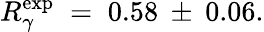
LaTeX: R_{\gamma}^{\exp}\; =\; 0.58\: \pm\: 0.06.